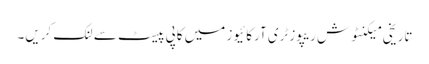
تاریخی میکنٹوش ریپوزٹری آرکائیوز میں کاپی پیسٹ سے لنک کریں۔